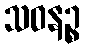
သဝနဉ္စ